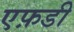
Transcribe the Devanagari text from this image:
एफ़डी